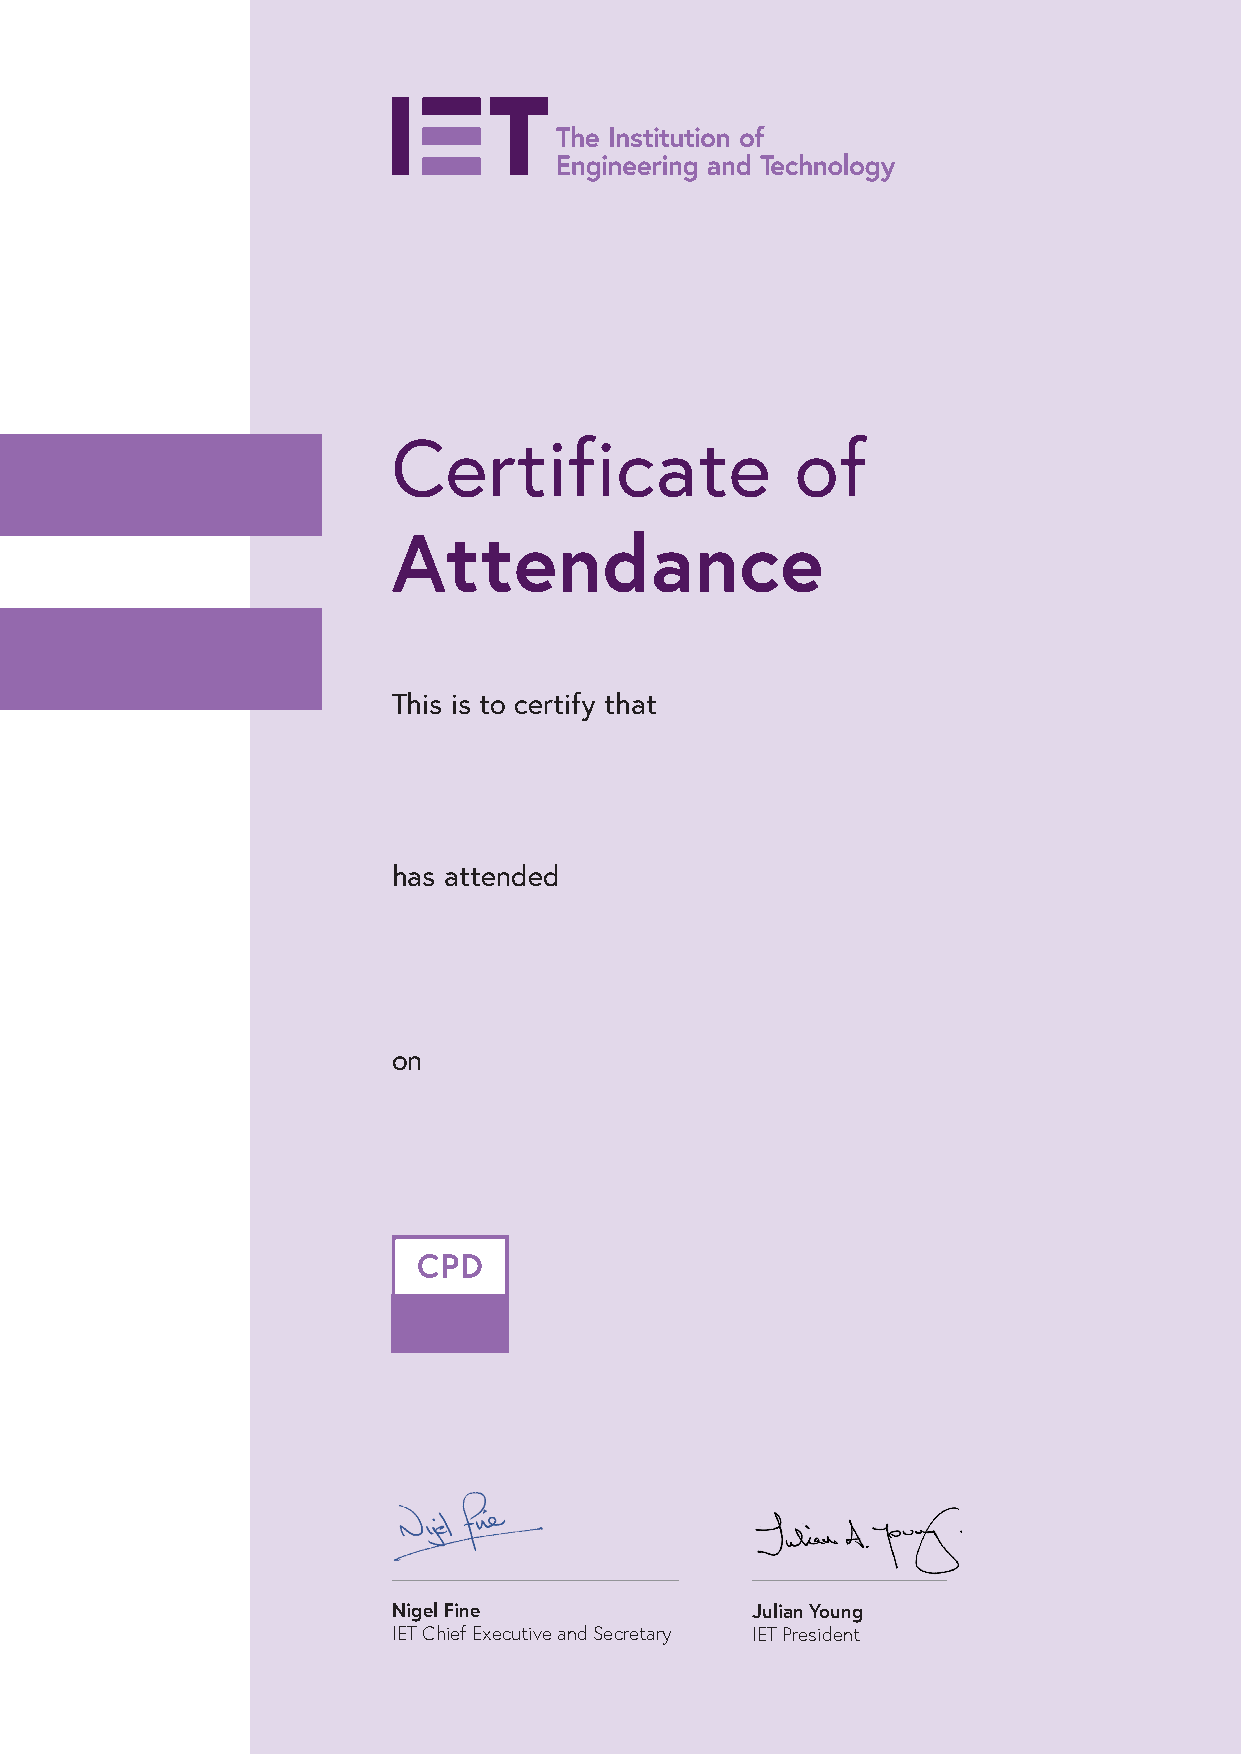
Certificate                of
 Attendance
 This is to certify that
 has attended
 on
 Nigel Fine              Julian Young
 IET Chief Executive and Secretary IET President